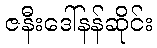
ဇနီးဒေါ်နန်ဆိုင်း